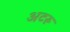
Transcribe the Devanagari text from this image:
अटरू